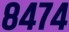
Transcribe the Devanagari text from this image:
८४७४